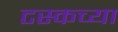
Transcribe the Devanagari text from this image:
टस्कच्या